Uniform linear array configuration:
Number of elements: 8
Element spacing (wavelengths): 1
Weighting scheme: hann
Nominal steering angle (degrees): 60
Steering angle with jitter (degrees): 59.575
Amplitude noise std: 0.05
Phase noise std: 0.05

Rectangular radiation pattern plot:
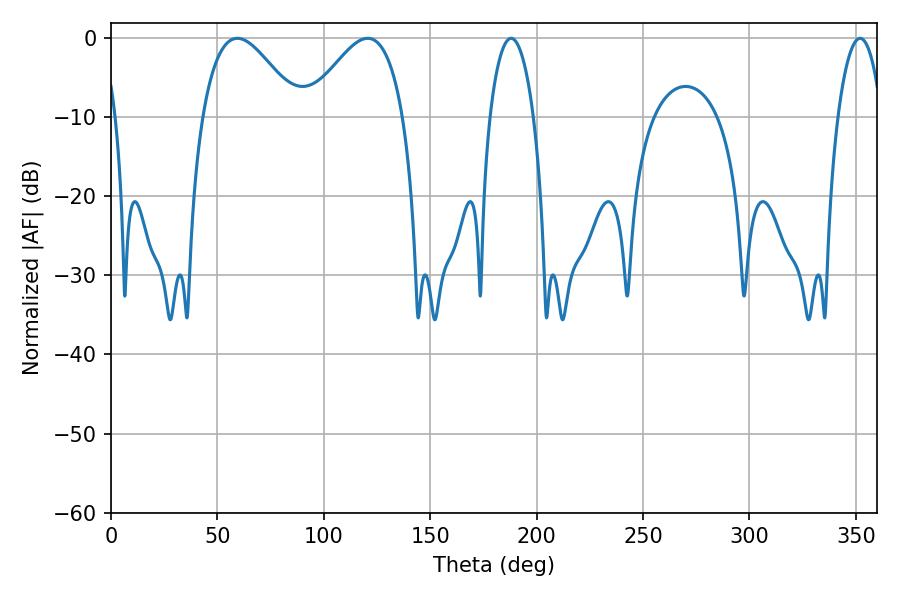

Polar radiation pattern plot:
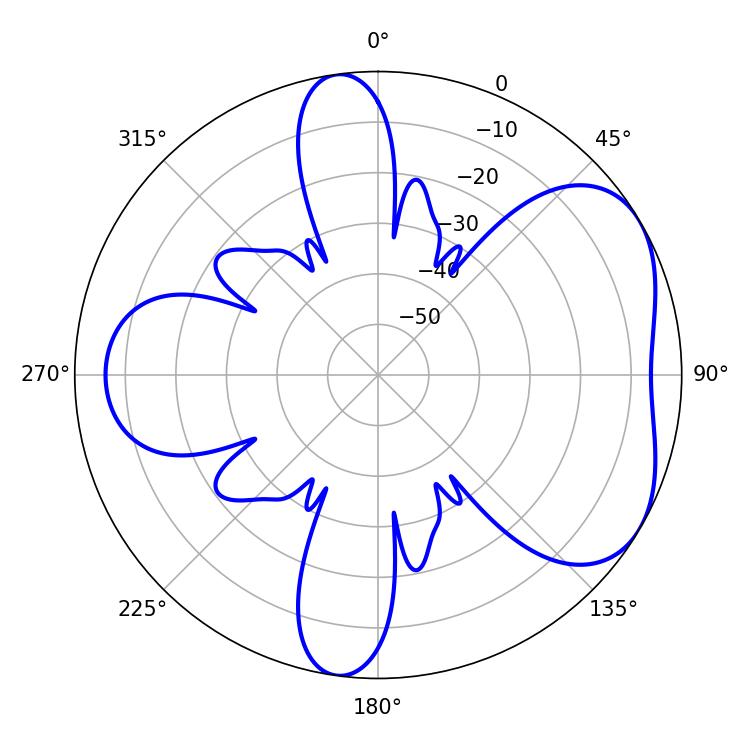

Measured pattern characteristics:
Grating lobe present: TRUE
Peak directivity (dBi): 4.862
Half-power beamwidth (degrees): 24.48
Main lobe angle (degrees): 59.4